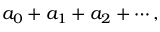
a _ { 0 } + a _ { 1 } + a _ { 2 } + \cdots ,